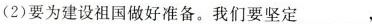
(2)要为建设祖国做好准备。我们要坚定___,